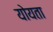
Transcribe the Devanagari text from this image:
योयता